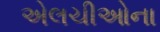
એલચીઓના